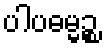
ပါပဓမ္မဉ္စ